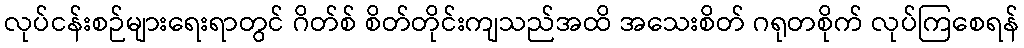
လုပ်ငန်းစဉ်များရေးရာတွင် ဂိတ်စ် စိတ်တိုင်းကျသည်အထိ အသေးစိတ် ဂရုတစိုက် လုပ်ကြစေရန်